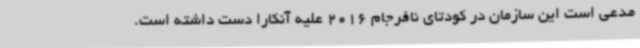
مدعی است این سازمان در کودتای نافرجام 2016 علیه آنکارا دست داشته است.